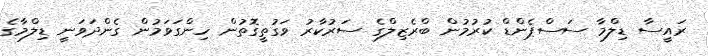
ރައީސާ ޑިލްމާ ސަސްޕެންޑް ކުރުމުން ބްރެޒިލްގެ ސަރުކާރު ވަގުތީގޮތުން ހިންގަވަމުން ގެންދަވަނީ ޑިލްމާގެ